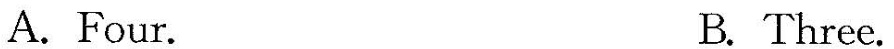
A.Four. B. Three.